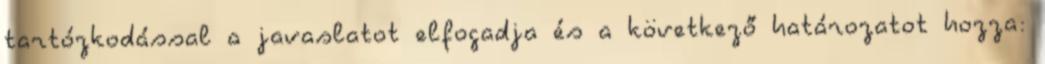
tartózkodással a javaslatot elfogadja és a következő határozatot hozza: